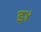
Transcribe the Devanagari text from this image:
इ४